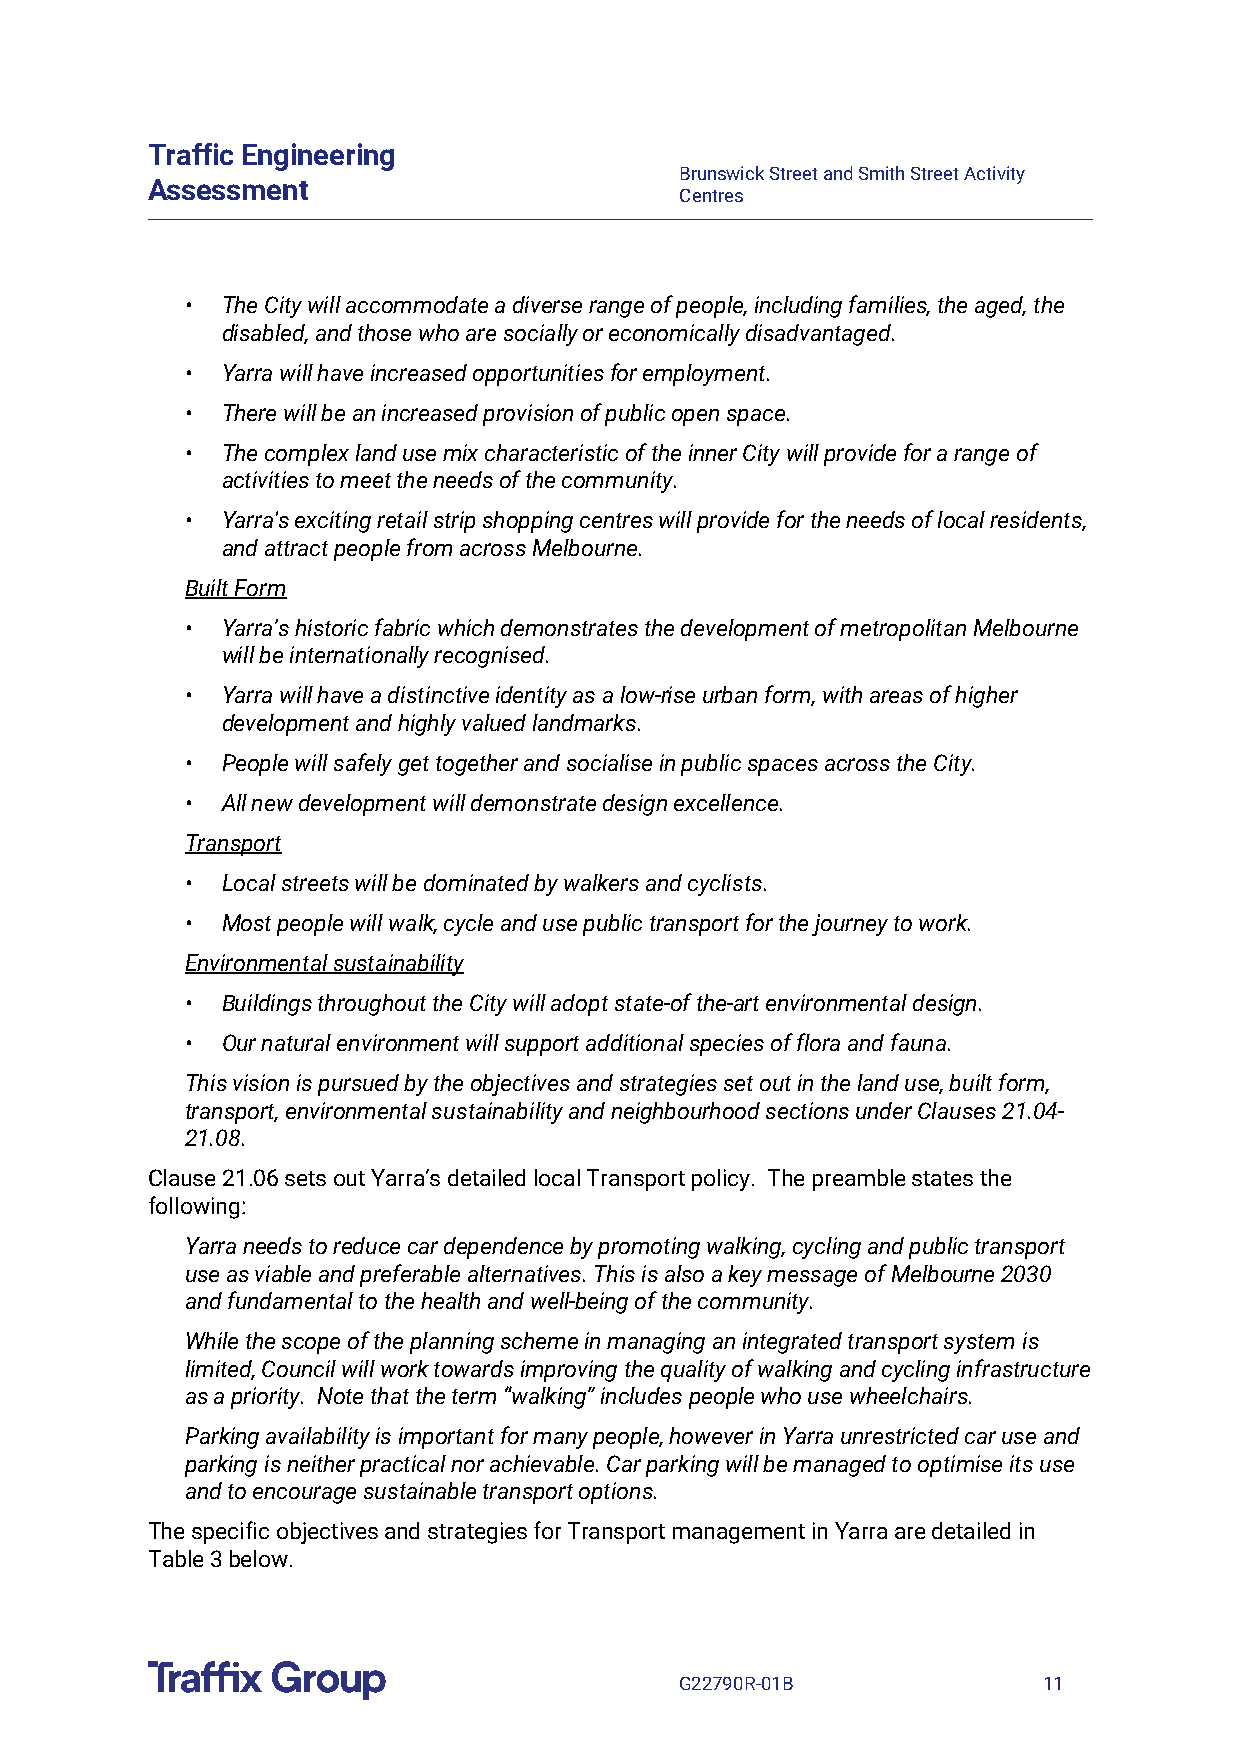
Traffic Engineering
 Brunswick Street and Smith Street Activity
 Assessment
 Centres
 •  The City will accommodate a diverse range of people, including families, the aged, the
 disabled, and those who are socially or economically disadvantaged.
 •  Yarra will have increased opportunities for employment.
 •  There will be an increased provision of public open space.
 •  The complex land use mix characteristic of the inner City will provide for a range of
 activities to meet the needs of the community.
 •  Yarra's exciting retail strip shopping centres will provide for the needs of local residents,
 and attract people from across Melbourne.
 Built Form
 •  Yarra’s historic fabric which demonstrates the development of metropolitan Melbourne
 will be internationally recognised.
 •  Yarra will have a distinctive identity as a low-rise urban form, with areas of higher
 development and highly valued landmarks.
 •  People will safely get together and socialise in public spaces across the City.
 •  All new development will demonstrate design excellence.
 Transport
 •  Local streets will be dominated by walkers and cyclists.
 •  Most people will walk, cycle and use public transport for the journey to work.
 Environmental sustainability
 •  Buildings throughout the City will adopt state-of the-art environmental design.
 •  Our natural environment will support additional species of flora and fauna.
 This vision is pursued by the objectives and strategies set out in the land use, built form,
 transport, environmental sustainability and neighbourhood sections under Clauses 21.04-
 21.08.
 Clause 21.06 sets out Yarra’s detailed local Transport policy. The preamble states the
 following:
 Yarra needs to reduce car dependence by promoting walking, cycling and public transport
 use as viable and preferable alternatives. This is also a key message of Melbourne 2030
 and fundamental to the health and well-being of the community.
 While the scope of the planning scheme in managing an integrated transport system is
 limited, Council will work towards improving the quality of walking and cycling infrastructure
 as a priority. Note that the term “walking” includes people who use wheelchairs.
 Parking availability is important for many people, however in Yarra unrestricted car use and
 parking is neither practical nor achievable. Car parking will be managed to optimise its use
 and to encourage sustainable transport options.
 The specific objectives and strategies for Transport management in Yarra are detailed in
 Table 3 below.
 G22790R-01B             11